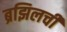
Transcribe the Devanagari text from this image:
ब्रझिलची